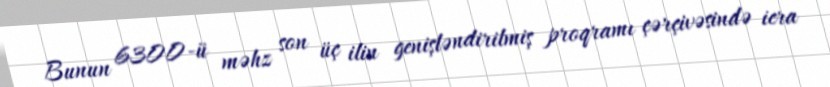
Bunun 6300-ü məhz son üç ilin genişləndirilmiş proqramı çərçivəsində icra